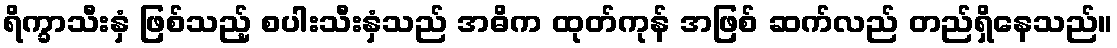
ရိက္ခာသီးနှံ ဖြစ်သည့် စပါးသီးနှံသည် အဓိက ထုတ်ကုန် အဖြစ် ဆက်လည် တည်ရှိနေသည်။